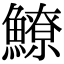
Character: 𩻻